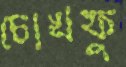
চোখফু